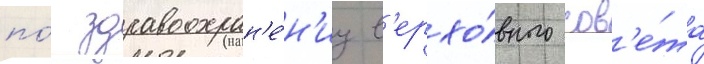
по́ здравоохран'е́н'иу в'ерхо́вного сов'е́та